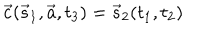
\vec { c } ( \vec { s } _ { 1 } , \vec { a } , t _ { 3 } ) = \vec { s } _ { 2 } ( t _ { 1 } , t _ { 2 } )